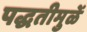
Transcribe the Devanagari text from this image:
पद्धतीमुळें